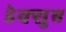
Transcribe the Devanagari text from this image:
डेक्सुए